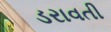
ડરાવતી